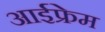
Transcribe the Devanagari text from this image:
आईफ्रेम